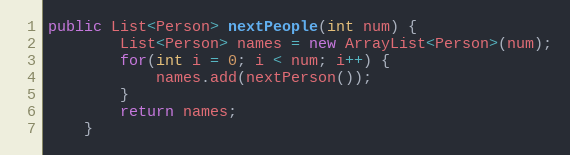
Language: Java
public List<Person> nextPeople(int num) {
		List<Person> names = new ArrayList<Person>(num);
		for(int i = 0; i < num; i++) {
			names.add(nextPerson());
		}
		return names;
	}